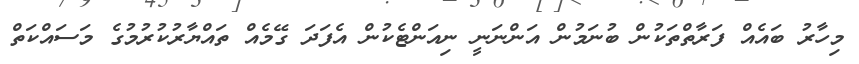
މިހާރު ބައެއް ފަރާތްތަކުން ބުނަމުން އަންނަނީ ނިއަންޓެކުން އެފަދަ ގޭމެއް ތައްޔާރުކުރުމުގެ މަސައްކަތް